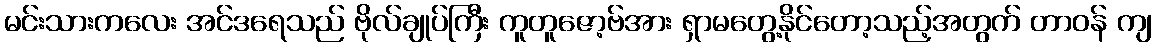
မင်းသားကလေး အင်ဒရေသည် ဗိုလ်ချုပ်ကြီး ကူတူဇော့ဗ်အား ရှာမတွေ့နိုင်တော့သည့်အတွက် တာဝန် ကျ